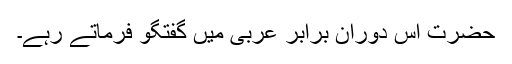
حضرت اس دوران برابر عربی میں گفتگو فرماتے رہے۔